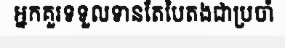
អ្នកគួរទទួលទានតែបៃតងជាប្រចាំ